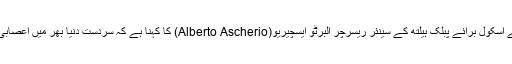
امریکہ کی ممتاز اور معروف ہارورڈ یونیورسٹی کے اسکول برائے پبلک ہیلتھ کے سینئر ریسرچر البرٹو ایسچیریو(Alberto Ascherio) کا کہنا ہے کہ سردست دنیا بھر میں اعصابی بیماری رعشہ کا کوئی شافی علاج موجود نہیں ہے۔